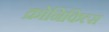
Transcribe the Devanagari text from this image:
क्रोनिकिल्स